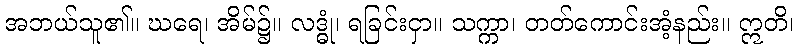
အဘယ်သူ၏။ ဃရေ၊ အိမ်၌။ လဒ္ဓုံ၊ ရခြင်းငှာ။ သက္ကာ၊ တတ်ကောင်းအံ့နည်း။ ဣတိ၊